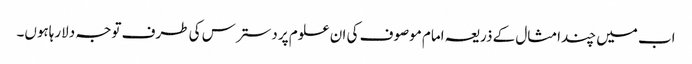
اب میں چندامثال کے ذریعہ امام موصوف کی ان علوم پر دسترس کی طرف توجہ دلارہاہوں۔